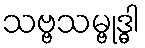
သဗ္ဗသမ္ဗုဒ္ဓါ